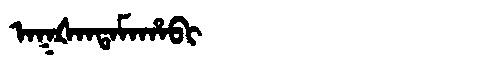
Manchu: ᠠᡴᡧᠠᠨᡨᠠᠮᠠᡥᠠᠪᡳ
Romanization: AKŠANTAMAHABI